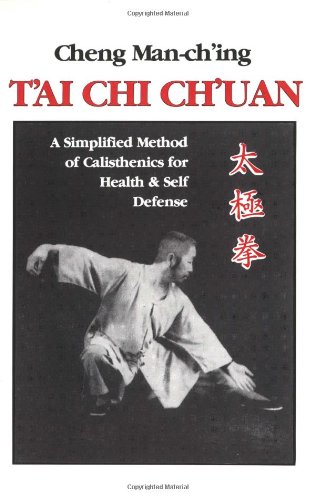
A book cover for T'ai Chi Ch'uan: A Simplified Method of Calisthenics for Health & Self Defense; Cheng Man-Ch'ing; Health, Fitness & Dieting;